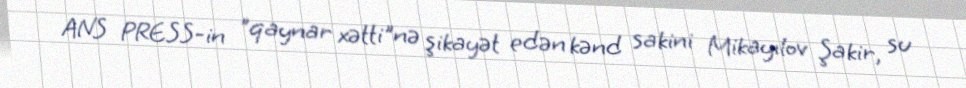
ANS PRESS-in "qaynar xətti"nə şikayət edən kənd sakini Mikayılov Şakir, su